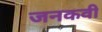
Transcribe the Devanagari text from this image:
जनकवी